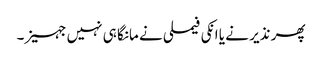
پھر نذیر نے یا انکی فیملی نے مانگا ہی نہیں جہیز۔